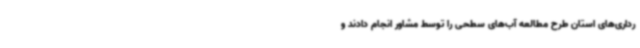
رداری‌های استان طرح مطالعه آب‌های سطحی را توسط مشاور انجام دادند و